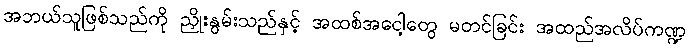
အဘယ်သူဖြစ်သည်ကို ညှိုးနွမ်းသည်နှင့် အထစ်အငေါ့တွေ မတင်ခြင်း အထည်အလိပ်ကဏ္ဍ